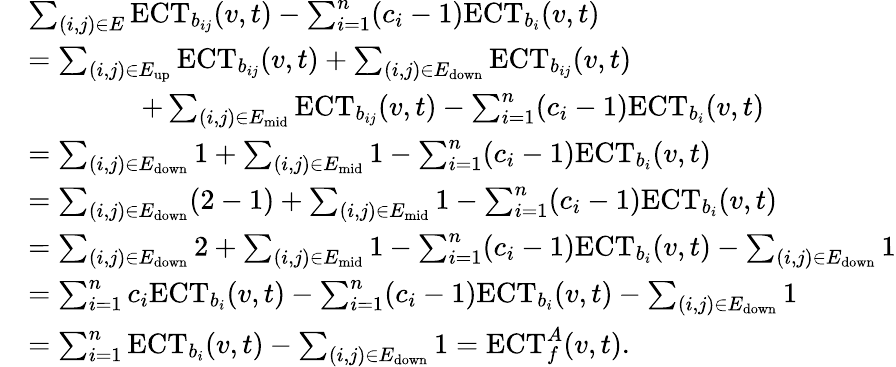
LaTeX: \begin{array}{rl}&{\sum_{(i,j)\in E}\mathrm{ECT}_{b_{ij}}(v,t)-\sum_{i=1}^{n}(c_{i}-1)\mathrm{ECT}_{b_{i}}(v,t)}\\ &{=\sum_{(i,j)\in E_{\textrm{up}}}\mathrm{ECT}_{b_{ij}}(v,t)+\sum_{(i,j)\in E_{\textrm{down}}}\mathrm{ECT}_{b_{ij}}(v,t)}\\ &{\qquad\qquad+\sum_{(i,j)\in E_{\textrm{mid}}}\mathrm{ECT}_{b_{ij}}(v,t)-\sum_{i=1}^{n}(c_{i}-1)\mathrm{ECT}_{b_{i}}(v,t)}\\ &{=\sum_{(i,j)\in E_{\textrm{down}}}1+\sum_{(i,j)\in E_{\textrm{mid}}}1-\sum_{i=1}^{n}(c_{i}-1)\mathrm{ECT}_{b_{i}}(v,t)}\\ &{=\sum_{(i,j)\in E_{\textrm{down}}}(2-1)+\sum_{(i,j)\in E_{\textrm{mid}}}1-\sum_{i=1}^{n}(c_{i}-1)\mathrm{ECT}_{b_{i}}(v,t)}\\ &{=\sum_{(i,j)\in E_{\textrm{down}}}2+\sum_{(i,j)\in E_{\textrm{mid}}}1-\sum_{i=1}^{n}(c_{i}-1)\mathrm{ECT}_{b_{i}}(v,t)-\sum_{(i,j)\in E_{\textrm{down}}}1}\\ &{=\sum_{i=1}^{n}c_{i}\mathrm{ECT}_{b_{i}}(v,t)-\sum_{i=1}^{n}(c_{i}-1)\mathrm{ECT}_{b_{i}}(v,t)-\sum_{(i,j)\in E_{\textrm{down}}}1}\\ &{=\sum_{i=1}^{n}\mathrm{ECT}_{b_{i}}(v,t)-\sum_{(i,j)\in E_{\textrm{down}}}1=\mathrm{ECT}_{f}^{A}(v,t).}\end{array}